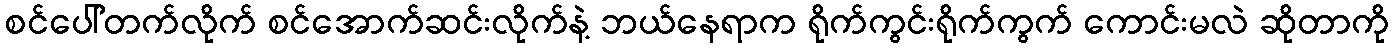
စင်ပေါ်တက်လိုက် စင်အောက်ဆင်းလိုက်နဲ့ ဘယ်နေရာက ရိုက်ကွင်းရိုက်ကွက် ကောင်းမလဲ ဆိုတာကို